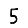
Digit: 5